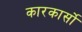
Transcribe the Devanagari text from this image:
कारकार्सो